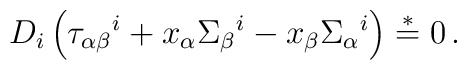
D_i\left(\tau_{\alpha\beta}{}^i+x_\alpha\Sigma_\beta{}^i-    x_\beta\Sigma_\alpha{}^i \right) \stackrel{*}{=} 0\,.